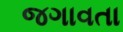
જગાવતા